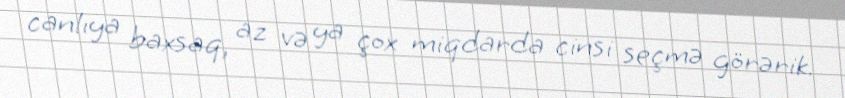
canlıya baxsaq, az və ya çox miqdarda cinsi seçmə görərik.